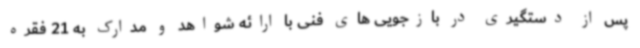
پس از دستگیری در بازجویی های فنی با ارائه شواهد و مدارک به 21 فقره